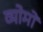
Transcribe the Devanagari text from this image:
व्योमों